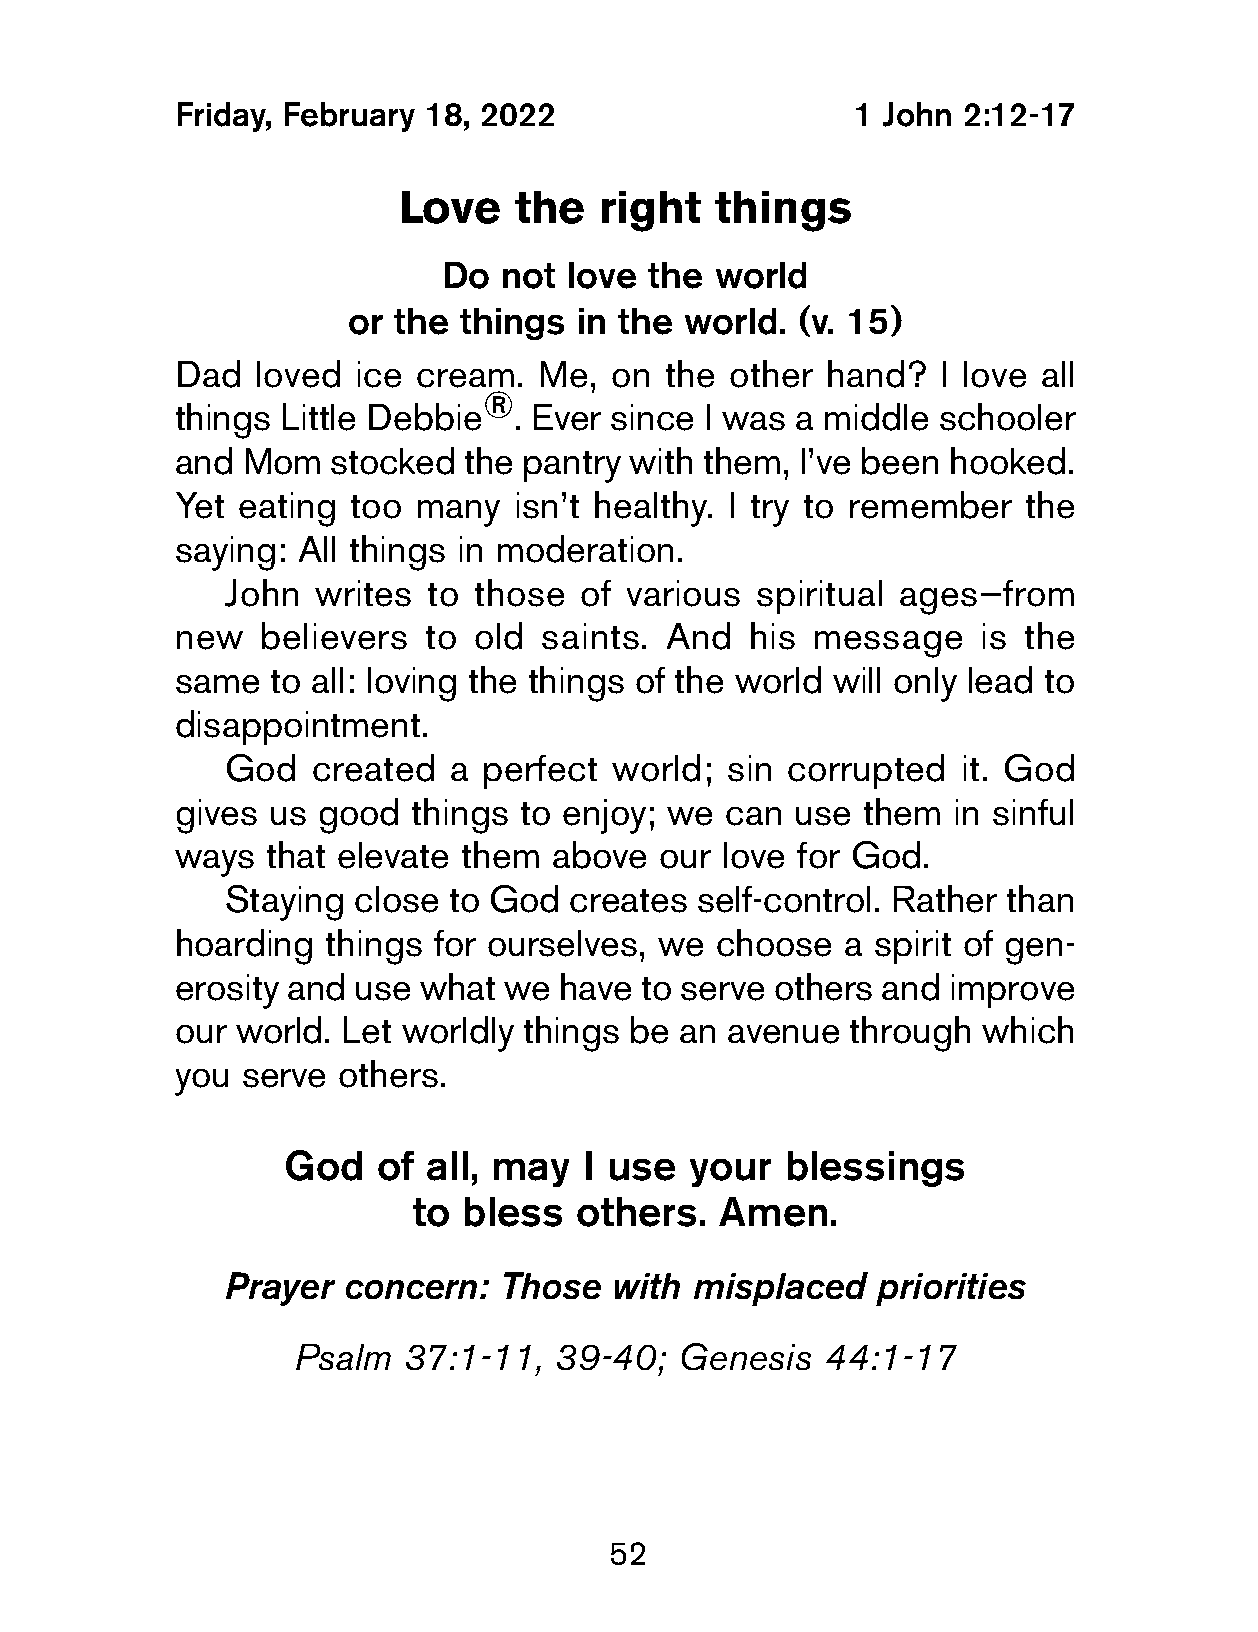
Friday, February 18, 2022                    1 John  2:12-17
 Love    the   right  things
 Do  not love  the world
 or the things  in the world.  (v. 15)
 Dad   loved ice cream.   Me, on  the other  hand?  I love all
 ®
 things  Little Debbie  . Ever since I was a middle schooler
 and  Mom   stocked  the pantry with them, I’ve been hooked.
 Yet  eating too many   isn’t healthy. I try to remember  the
 saying:  All things in moderation.
 John  writes to those  of various  spiritual ages—from
 new   believers  to old  saints. And   his message    is the
 same   to all: loving the things of the world will only lead to
 disappointment.
 God   created  a perfect world;  sin corrupted  it. God
 gives  us good  things to enjoy; we  can  use them  in sinful
 ways   that elevate them above   our love for God.
 Staying close  to God  creates self-control. Rather than
 hoarding  things  for ourselves, we choose   a spirit of gen-
 erosity and use  what we  have to serve others and  improve
 our  world. Let worldly things be an avenue  through  which
 you  serve others.
 God   of all, may  I use  your   blessings
 to bless   others.  Amen.
 Prayer  concern:  Those  with  misplaced   priorities
 Psalm   37:1-11,  39-40;  Genesis  44:1-17
 52